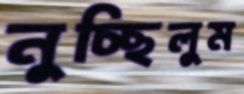
নুচ্ছিলুম